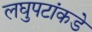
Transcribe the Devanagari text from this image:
लघुपटांकडे